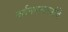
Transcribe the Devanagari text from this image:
वर्तनमानपत्रांचे